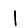
Digit: 1